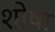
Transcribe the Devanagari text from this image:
शोषा